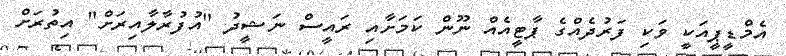
އެމްޑީޕީއަކީ ވަކި ފަރުދެއްގެ ޕާޓީއެއް ނޫން ކަމަށާއި ރައީސް ނަޝީދު "އުފުރާލާއިރަށް" އިތުރަށް